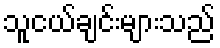
သူငယ်ချင်းများသည်